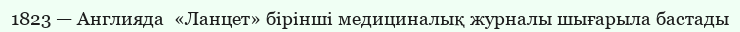
1823 — Англияда  «Ланцет» бірінші медициналық журналы шығарыла бастады